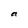
Character: a